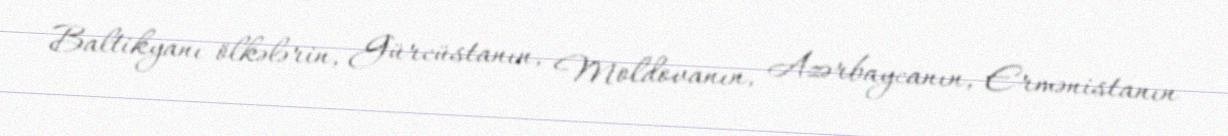
Baltikyanı ölkələrin, Gürcüstanın, Moldovanın, Azərbaycanın, Ermənistanın